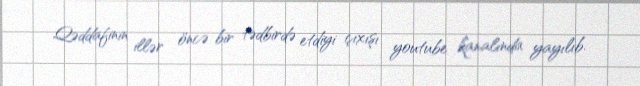
Qəddafinin illər öncə bir tədbirdə etdiyi çıxışı youtube kanalında yayılıb.